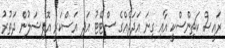
ރައީސް ކަޗިންސްކީ އާއި ގިނަ އަދަދެއްގެ ސްޓޭޓު އަދި އަސްކަރީ އޮފިޝަލުން ދަތުރު